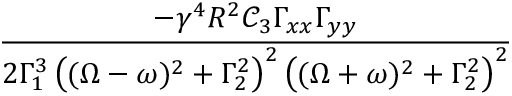
\frac { - \gamma ^ { 4 } R ^ { 2 } \mathcal C _ { 3 } \Gamma _ { x x } \Gamma _ { y y } } { 2 \Gamma _ { 1 } ^ { 3 } \left( ( \Omega - \omega ) ^ { 2 } + \Gamma _ { 2 } ^ { 2 } \right) ^ { 2 } \left( ( \Omega + \omega ) ^ { 2 } + \Gamma _ { 2 } ^ { 2 } \right) ^ { 2 } }